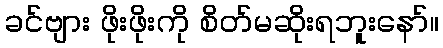
ခင်ဗျား ဖိုးဖိုးကို စိတ်မဆိုးရဘူးနော်။